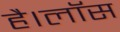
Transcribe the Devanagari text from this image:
है।लॉस